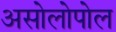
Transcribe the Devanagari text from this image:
असोलोपोल